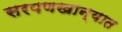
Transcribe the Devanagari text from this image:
सरपणखान्यात